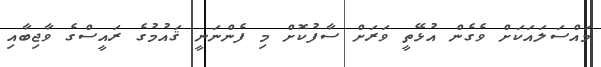
މައްސަލައަކަށް ވެގެން އުޅޭތީ ވަރަށް ސާފުކޮށް މި ފެންނަނީ ޤައުމުގެ ރައީސްގެ ވާޖިބާއި